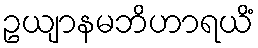
ဥယျာနမဘိဟာရယိံ